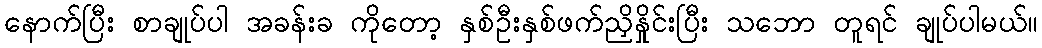
နောက်ပြီး စာချုပ်ပါ အခန်းခ ကိုတော့ နှစ်ဦးနှစ်ဖက်ညှိနှိုင်းပြီး သဘော တူရင် ချုပ်ပါမယ်။